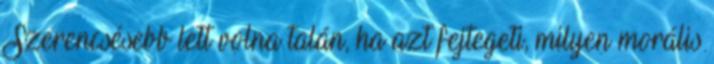
Szerencsésebb lett volna talán, ha azt fejtegeti, milyen morális